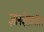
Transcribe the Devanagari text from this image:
ज्ञानक्षेत्रातील